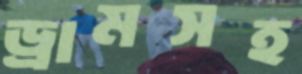
ড্রামসহ